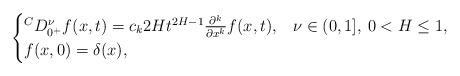
\begin{align*} \begin{cases} {}^C D_{0^+}^\nu f(x,t) = c_k2Ht^{2H-1} \frac{\partial^k}{\partial x^k} f(x,t), & \nu \in (0,1], \: 0 <H \leq 1,\\ f(x,0)=\delta(x), \\ \end{cases} \end{align*}